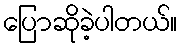
ပြောဆိုခဲ့ပါတယ်။